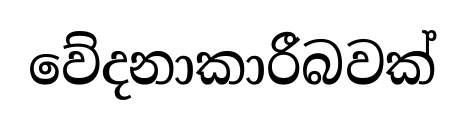
වේදනාකාරීබවක්